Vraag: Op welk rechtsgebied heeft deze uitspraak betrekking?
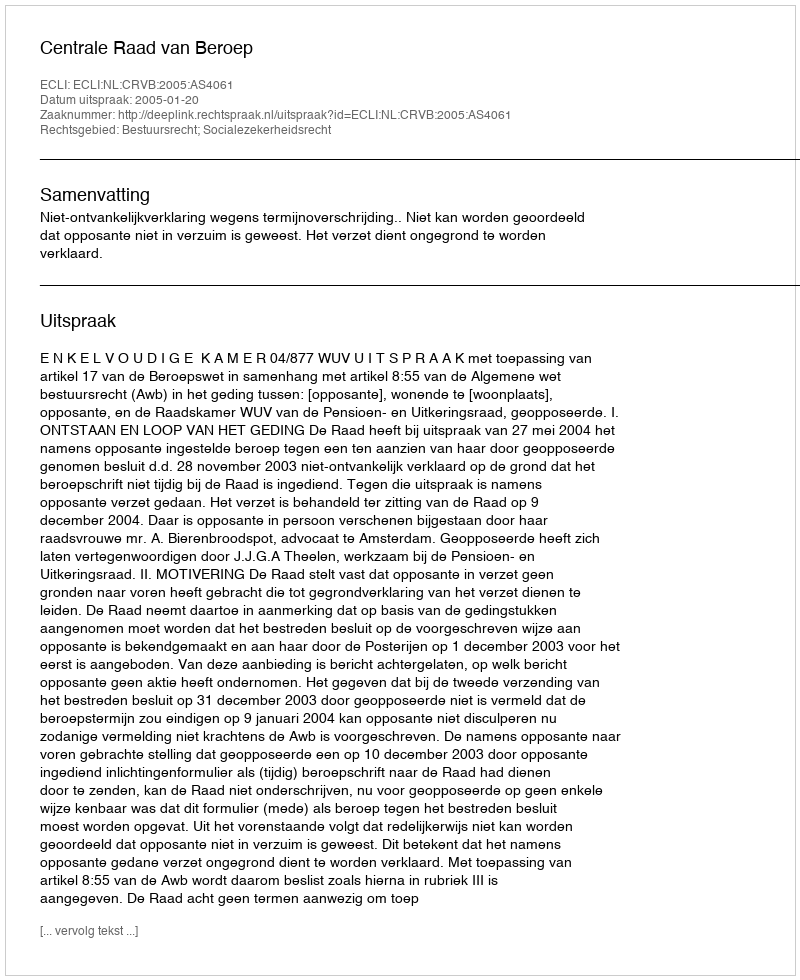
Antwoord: Bestuursrecht; Socialezekerheidsrecht